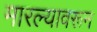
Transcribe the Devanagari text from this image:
मारल्यावरून